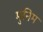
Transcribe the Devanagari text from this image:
मुनिम